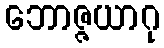
ဘောဇ္ဇယာဂု